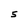
Character: 5